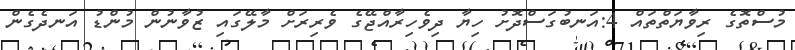
މުސްތޮގެ ރިވާޔަތްތައް 4:އަނބުގަސްދޮށު ހިޔާ ދިވެހިރާއްޖޭގެ ވެރިރަށް މާލޭގައި ޒުވާނުން މުންޑު އަނދެގެން